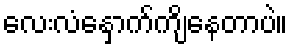
လေးလံနှောက်ကျိနေတာပဲ။